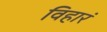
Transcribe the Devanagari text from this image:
विहारं